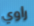
راوي